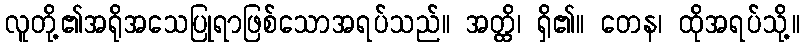
လူတို့၏အရိုအသေပြုရာဖြစ်သောအရပ်သည်။ အတ္ထိ၊ ရှိ၏။ တေန၊ ထိုအရပ်သို့။